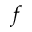
f